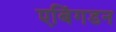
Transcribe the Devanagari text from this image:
एबिंगडन